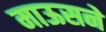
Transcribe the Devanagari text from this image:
माऊसने